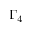
\Gamma _ { 4 }